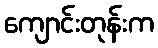
ကျောင်းတုန်းက